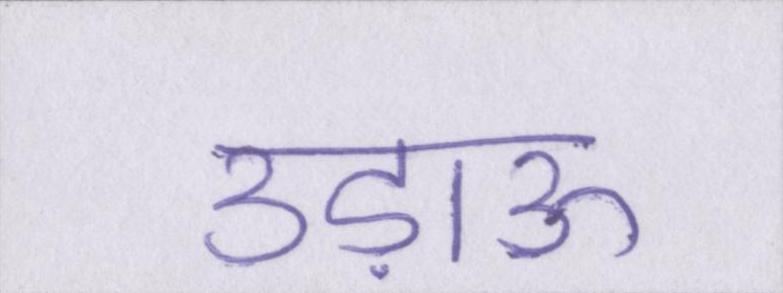
उड़ाऊ